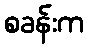
စခန်းက